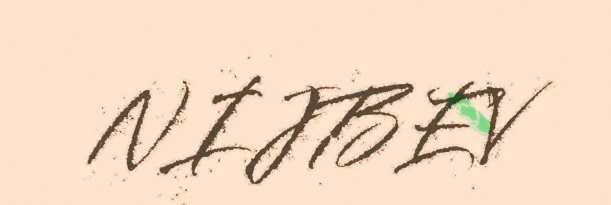
NIJBEV